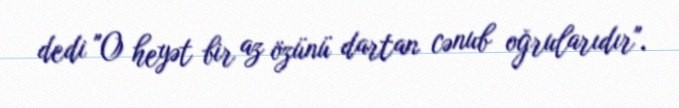
dedi "O heyət bir az özünü dartan cənub oğrularıdır".